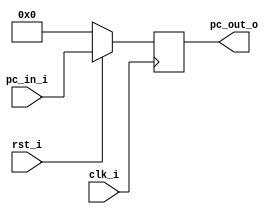
`timescale 1ns / 1ps
//Subject:     CO project 3 - PC
//--------------------------------------------------------------------------------
//Version:     1
//--------------------------------------------------------------------------------
//Writer:      0510002 K 0510009 i
//--------------------------------------------------------------------------------
//--------------------------------------------------------------------------------
//Description: 
//--------------------------------------------------------------------------------

module ProgramCounter(
    clk_i,    //1 bit clk_i     (input)
	rst_i,    //1 bit rst_i     (input)  negative reset
	pc_in_i,  //32 bit pc_in_i  (input)
	pc_out_o  //32 bit pc_out_i (output)
	);
     
//I/O ports
input           clk_i;
input	        rst_i;
input  [31:0]   pc_in_i;
output [31:0]   pc_out_o;
 
//Internal Signals
reg    [31:0]   pc_out_o;
 
//Parameter

    
//Main function
always @(posedge clk_i) begin
    if(~rst_i)
	    pc_out_o <= 0;
	else
	    pc_out_o <= pc_in_i;
end

endmodule